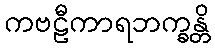
ကဗဠီကာရဘက္ခန္တိ